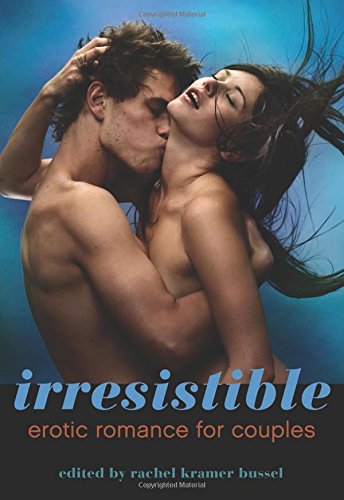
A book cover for Irresistible: Erotic Romance for Couples; Romance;